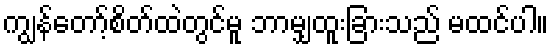
ကျွန်တော့်စိတ်ထဲတွင်မူ ဘာမျှထူးခြားသည် မထင်ပါ။